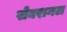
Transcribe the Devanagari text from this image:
सेक्शनल